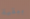
ببقية